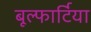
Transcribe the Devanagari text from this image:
बूल्फार्टिया